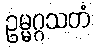
ဥမ္မဂ္ဂသတံ